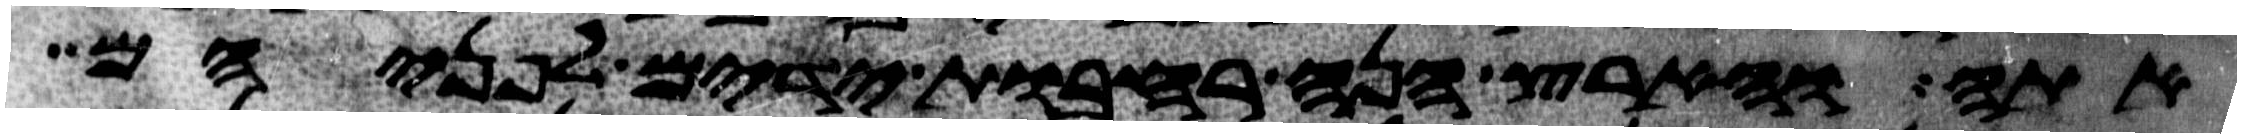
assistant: אתה והארץ הנה רחבות ידים לפניהם